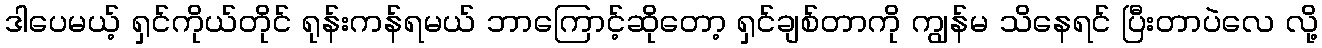
ဒါပေမယ့် ရှင်ကိုယ်တိုင် ရုန်းကန်ရမယ် ဘာကြောင့်ဆိုတော့ ရှင်ချစ်တာကို ကျွန်မ သိနေရင် ပြီးတာပဲလေ လို့